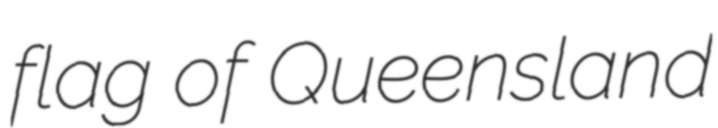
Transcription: flag of Queensland